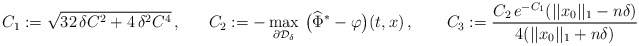
\begin{align*}C_1:=\sqrt{32\, \delta C^2 + 4\, \delta^2 C^4}\,,\ \ \ \ \ C_2:= - \max_{\partial \mathcal{D}_{\delta}} \, \big(\widehat{\Phi}^* - \varphi \big)(t,x)\,, \ \ \ \ \ \ C_3:=\frac{C_2\, e^{-C_1}(||x_0||_1-n\delta)}{4(||x_0||_1 + n\delta)}\end{align*}